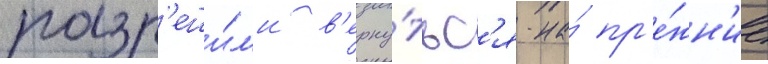
разр'еши́л'и в'ерну́тьс'я на́ пр'е́жн'ие